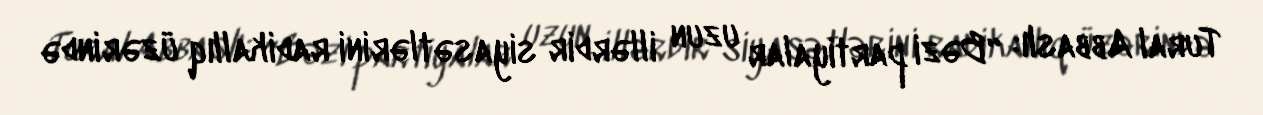
Tural Abbaslı: “Bəzi partiyalar uzun illərdir siyasətlərini radikallıq üzərində